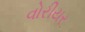
વોરીયર